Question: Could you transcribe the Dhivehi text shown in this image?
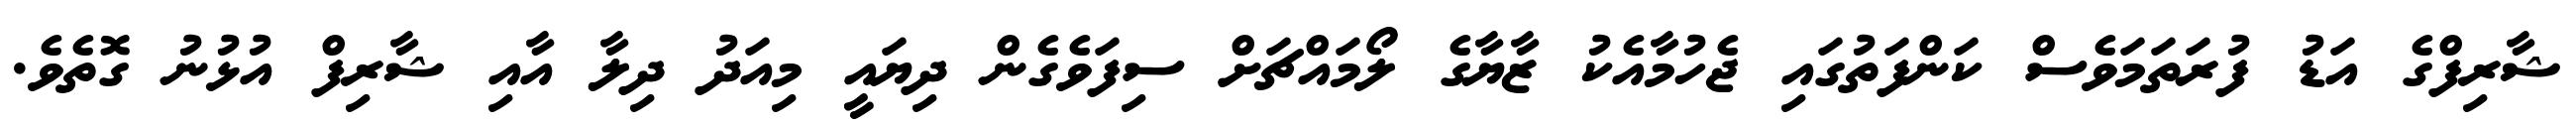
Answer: ޝާރިފްގެ އަޑު ފުރަތަމަވެސް ކަންފަތުގައި ޖެހުމާއެކު ޒާޔާގެ ލޯމައްޗަށް ސިފަވެގެން ދިޔައީ މިއަދު ދިލާ އާއި ޝާރިފް އުޅުނު ގޮތެވެ.